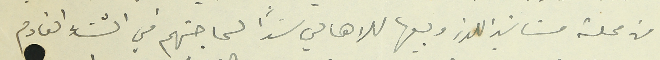
من محلة مشاتي اللوز وبيعها للاهالي سَداً لحاجتهم في الشتاء القادم